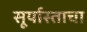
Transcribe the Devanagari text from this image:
सूर्यास्ताचा